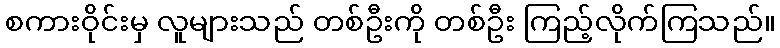
စကားဝိုင်းမှ လူများသည် တစ်ဦးကို တစ်ဦး ကြည့်လိုက်ကြသည်။